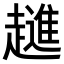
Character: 𧾄